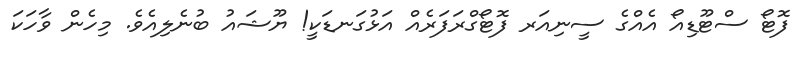
ފޮޓޯ ސްޓޫޑިއޯ އެއްގެ ސީނިއަރ ފޮޓޯގްރަފަރެއް އަޅުގަނޑަކީ! ޔޫޝައު ބުނެލިއެވެ. މިހެން ވާހަކަ